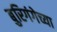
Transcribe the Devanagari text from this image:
बुरिगंगेच्या